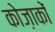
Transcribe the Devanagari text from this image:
कोज़ाकों